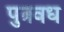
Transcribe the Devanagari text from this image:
पुत्रवध